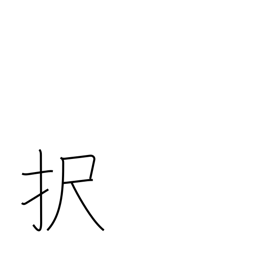
Meaning: elect